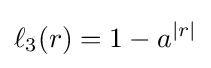
\ell _{3}(r)=1-a^{|r|}